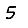
Digit: 5